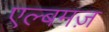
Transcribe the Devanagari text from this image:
एल्बमज़